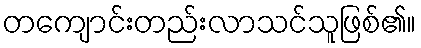
တကျောင်းတည်းလာသင်သူဖြစ်၏။